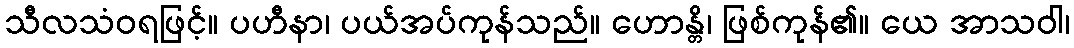
သီလသံဝရဖြင့်။ ပဟီနာ၊ ပယ်အပ်ကုန်သည်။ ဟောန္တိ၊ ဖြစ်ကုန်၏။ ယေ အာသဝါ၊